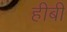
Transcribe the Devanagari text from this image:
हीबी